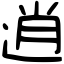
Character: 逍